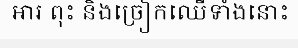
អារ ពុះ និងច្រៀកឈើទាំងនោះ